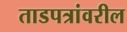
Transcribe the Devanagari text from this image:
ताडपत्रांवरील